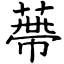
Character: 蔕